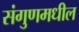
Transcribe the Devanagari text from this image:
संगुणमधील